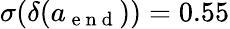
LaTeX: \sigma(\delta(a_{\mathrm{~e~n~d~}}))=0.55